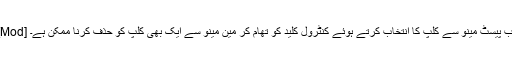
[Mod] اب پیسٹ مینو سے کلپ کا انتخاب کرتے ہوئے کنٹرول کلید کو تھام کر مین مینو سے ایک بھی کلپ کو حذف کرنا ممکن ہے۔